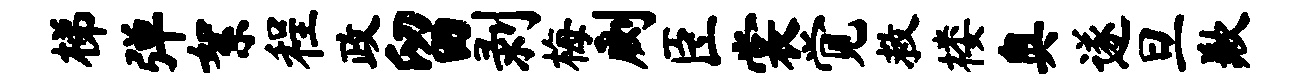
梯弹絮程政留剥梅劂臣裳觉救楼奥遂旦歉